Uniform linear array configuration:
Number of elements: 8
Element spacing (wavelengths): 0.25
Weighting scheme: binomial
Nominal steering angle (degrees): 15
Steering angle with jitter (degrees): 16.774
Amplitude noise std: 0.05
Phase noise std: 0.05

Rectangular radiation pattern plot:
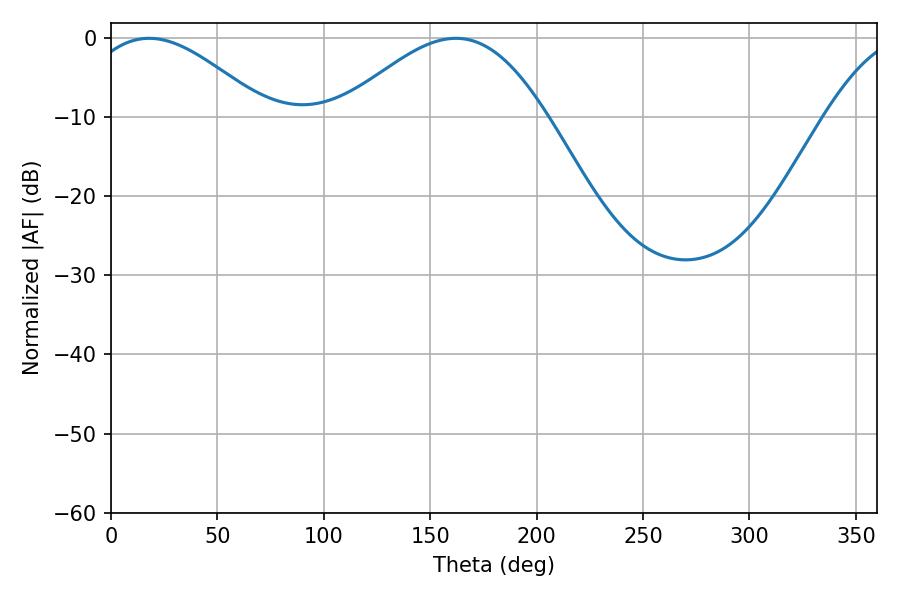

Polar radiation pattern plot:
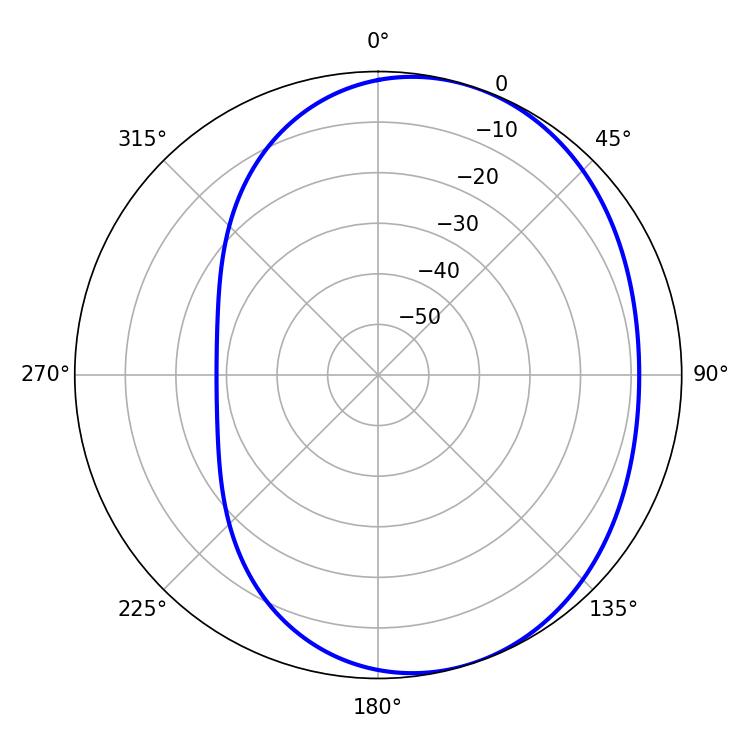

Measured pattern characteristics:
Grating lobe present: FALSE
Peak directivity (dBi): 4.28
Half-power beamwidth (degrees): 46.08
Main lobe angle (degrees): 18